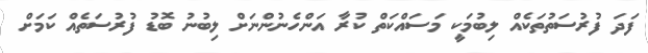
ފަދަ ފުރުސަތުތަކެއް ލިބުމަކީ މަސައްކަތް ކުރާ އަންހެނުންނަށް ލިބުނު ބޮޑު ފުރުސަތެއް ކަމަށް